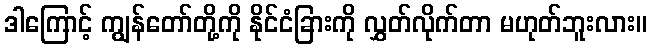
ဒါကြောင့် ကျွန်တော်တို့ကို နိုင်ငံခြားကို လွှတ်လိုက်တာ မဟုတ်ဘူးလား။